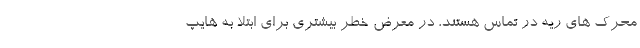
محرک های ریه در تماس هستند، در معرض خطر بیشتری برای ابتلا به هایپ